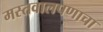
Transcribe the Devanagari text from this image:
मस्तवालपणाचा